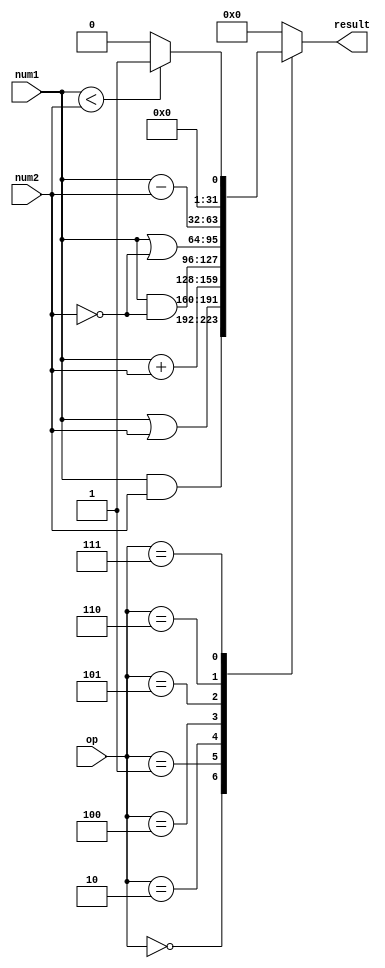
`timescale 1ns / 1ps
//////////////////////////////////////////////////////////////////////////////////
// Company: 
// Engineer: 
// 
// Design Name: 
// Module Name: test
// Project Name: 
// Target Devices: 
// Tool Versions: 
// Description: 
// 
// Dependencies: 
// 
// Revision:
// Revision 0.01 - File Created
// Additional Comments:
// 
//////////////////////////////////////////////////////////////////////////////////


module alu(num1,num2,op,result);
    input wire [31:0] num1;
    input wire [31:0] num2;
    input wire [2:0]  op;
    output reg [31:0] result;
    // output            overflow;
    // output            zero;
    
    wire [31:0] temp_slt;
    assign temp_slt = (num1 < num2) ? 32'h1 : 32'h0;

    // assign result   = (op == 3'b000) ? num1 & num2 :
    //                   (op == 3'b001) ? num1 | num2 :
    //                   (op == 3'b010) ? num1 + num2 :
    //                   //(op == 3'b011) ?  not used !
    //                   (op == 3'b100) ? num1 & (~ num2) : 
    //                   (op == 3'b101) ? num1 | (~ num2) :
    //                   (op == 3'b110) ? num1 - num2 :
    //                   (op == 3'b111) ? temp_slt :
    //                   32'h0;

    always @(*)
    begin
      case(op)
          3'b000 : result = num1 & num2;
          3'b001 : result = num1 | num2;
          3'b010 : result = num1 + num2;
          //3'b011  not used
          3'b100 : result = num1 & (~ num2);
          3'b101 : result = num1 | (~ num2);
          3'b110 : result = num1 - num2;
          3'b111 : result = temp_slt;
          default : result = 32'h0;
      endcase // op
    end

  // assign overflow = 0;
  // assign zero = (result == 32'h0);

endmodule